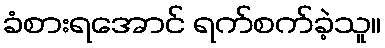
ခံစားရအောင် ရက်စက်ခဲ့သူ။